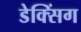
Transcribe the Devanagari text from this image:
डेक्सिंग